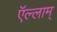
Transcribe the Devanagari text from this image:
ऍल्लाम्‌